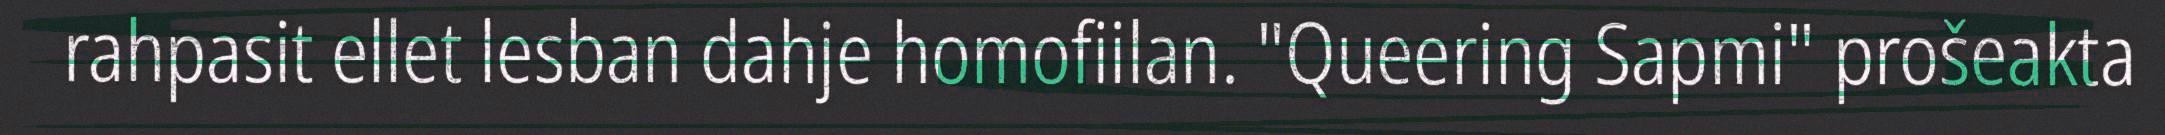
rahpasit ellet lesban dahje homofiilan. "Queering Sapmi" prošeakta